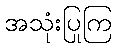
အသုံးပြုကြ